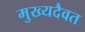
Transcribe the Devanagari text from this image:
मुख्यदैवत